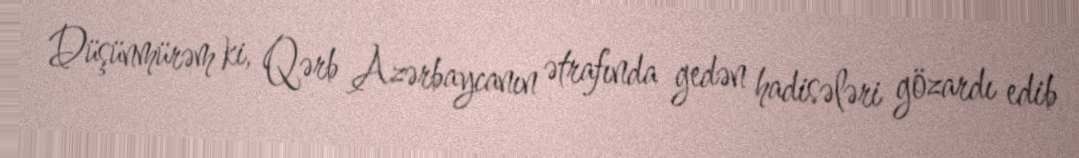
Düşünmürəm ki, Qərb Azərbaycanın ətrafında gedən hadisələri gözardı edib